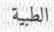
الطبیة